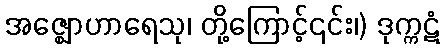
အဇ္ဈောဟာရေသု၊ တို့ကြောင့်၎င်း၊) ဒုက္ကဋံ